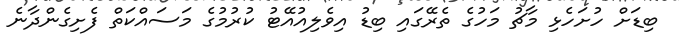
ބިޑަށް ހުށަހެޅި މާޗު މަހުގެ ތެރޭގައި ބިޑު އިވެލިއުއޭޓު ކުރުމުގެ މަސައްކަތް ފެށިގެންދާނެ